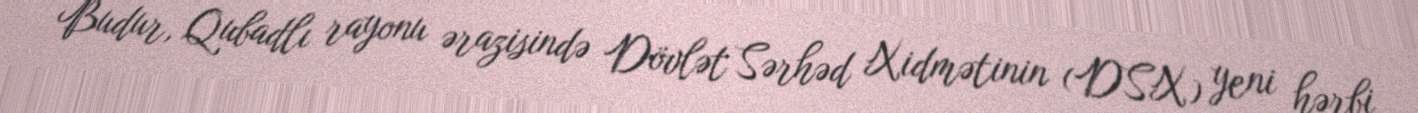
Budur, Qubadlı rayonu ərazisində Dövlət Sərhəd Xidmətinin (DSX) yeni hərbi